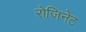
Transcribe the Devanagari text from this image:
रोजिनेट